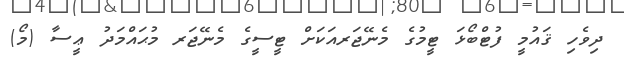
ދިވެހި ޤައުމީ ފުޓްބޯޅަ ޓީމުގެ މެނޭޖަރއަކަށް ޓީސީގެ މެނޭޖަރ މުޙައްމަދު ޢީސާ (މޯ)